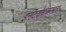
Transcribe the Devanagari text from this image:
इनटरोडकसन